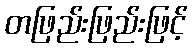
တဖြည်းဖြည်းဖြင့်